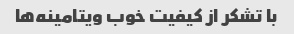
با تشکر از کیفیت خوب ویتامینه‌ها